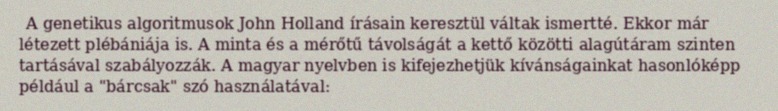
A genetikus algoritmusok John Holland írásain keresztül váltak ismertté. Ekkor már létezett plébániája is. A minta és a mérőtű távolságát a kettő közötti alagútáram szinten tartásával szabályozzák. A magyar nyelvben is kifejezhetjük kívánságainkat hasonlóképp például a "bárcsak" szó használatával: